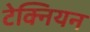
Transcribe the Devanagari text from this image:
टेक्नियन